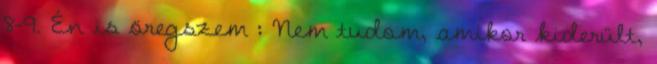
8-9. Én is öregszem : Nem tudom, amikor kiderült,